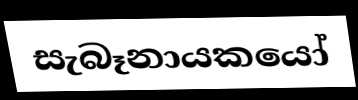
සැබෑනායකයෝ